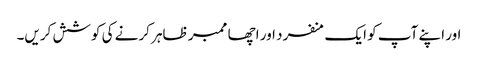
اور اپنے آپ کو ایک منفرد اور اچھا ممبر ظاہر کرنے کی کوشش کریں۔